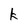
Character: k